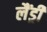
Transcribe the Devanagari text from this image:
लैंड्री